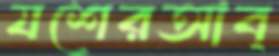
যশেরআব্